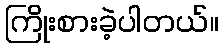
ကြိုးစားခဲ့ပါတယ်။